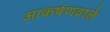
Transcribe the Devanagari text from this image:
आकर्षणवाले